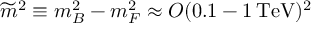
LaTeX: \widetilde m ^ { 2 } \equiv m _ { B } ^ { 2 } - m _ { F } ^ { 2 } \approx { \cal O } ( 0 . 1 - 1 \, \mathrm { T e V } ) ^ { 2 }